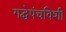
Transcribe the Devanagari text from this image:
गद्धेपंचविशी